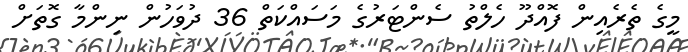
މީގެ ތެރެއިން ފޮއްދޫ ހެލްތު ސެންޓަރުގެ މަސައްކަތް 36 ދުވަހުން ނިންމާ ގޮތަށް